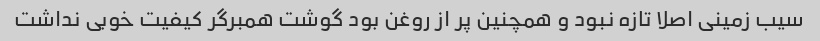
سیب زمینی اصلا تازه نبود و همچنین پر از روغن بود گوشت همبرگر کیفیت خوبی نداشت